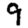
Digit: 9